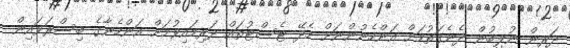
ދަރިން ނުލިބުން ދެނެގަތުމަށް އަންހެނުންނަށް ހެދޭ ޓެސްޓުތައް ދަރިމައިވުމަށް އަންހެނާގެ ބިސްރަވައިން